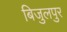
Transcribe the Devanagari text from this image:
बिजुलपुर